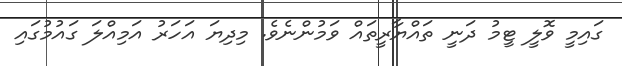
ގައިމީ ވޮލީ ޓީމު ދަނީ ތައްޔާރީތައް ވަމުންނެވެ. މިދިޔަ އަހަރު އަމިއްލަ ގައުމުގައި